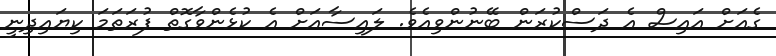
ގެއަށް އައިސް އެ ދަސްކުރަން ބޭނުންވިއެވެ. ލައިސާއަށް އެ ކުޅެންވާގޮތް ފުރަތަމަ ކިޔައިދިނީ